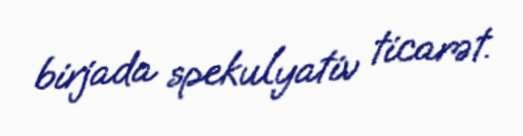
birjada spekulyativ ticarət.